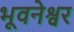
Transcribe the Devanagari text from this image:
भूवनेश्वर